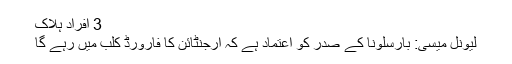
3 افراد ہلاک
لیونل میسی: بارسلونا کے صدر کو اعتماد ہے کہ ارجنٹائن کا فارورڈ کلب میں رہے گا